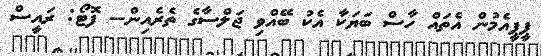
ޕީޕީއެމުން އެތައް ހާސް ބަޔަކާ އެކު ބޭއްވި ޖަލްސާގެ ތެރެއިން-- ފޮޓޯ: ރައީސް